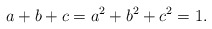
\begin{align*}a + b + c=a^2 + b^2 + c^2=1. \end{align*}